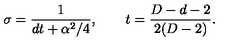
\sigma = \frac { 1 } { d t + \alpha ^ { 2 } / 4 } , \qquad t = \frac { D - d - 2 } { 2 ( D - 2 ) } .